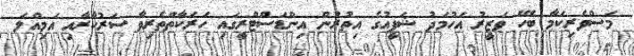
މަސްވެރިކަމާ ބެހޭ ވަޒީރު އަހުމަދު ޝަފީއުގެ އިތުރުން އިންޑަސްޓްރީގައި ހަރަކާތްތެރިވާ ސަރުކާރާއި އަމިއްލަ